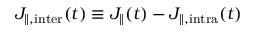
J _ { \parallel , \mathrm { i n t e r } } ( t ) \equiv J _ { \parallel } ( t ) - J _ { \parallel , \mathrm { i n t r a } } ( t )